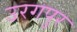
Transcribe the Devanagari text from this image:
उरगपुर